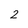
Character: 2